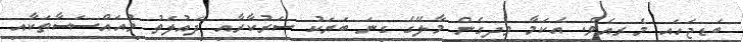
ބަޑިޖަހައި މެރިއެވެ. އެކަމާ ވިދިގެން މާލޭގެ ގިނަ ބަޔަކު ސަރުކާރާއި ދައުލަތު މުއައްސަސާތަކާއި